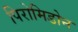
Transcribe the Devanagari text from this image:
पिरोमिडोन